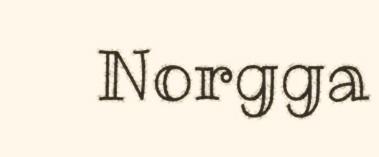
Norgga